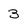
Character: 3